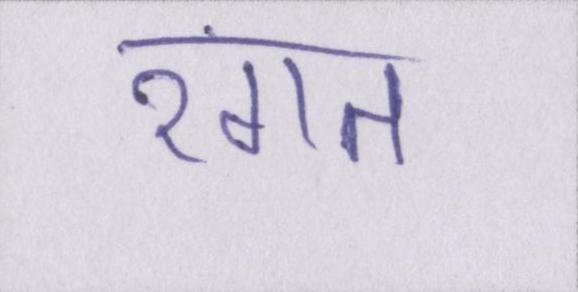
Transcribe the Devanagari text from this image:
रंगत